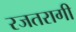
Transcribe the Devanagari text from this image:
रजतरागी